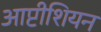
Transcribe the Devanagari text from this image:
आप्टीशियन